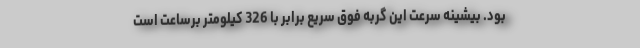
بود. بیشینه سرعت این گربه فوق سریع برابر با 326 کیلومتر برساعت است